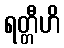
ရတ္တီဟိ